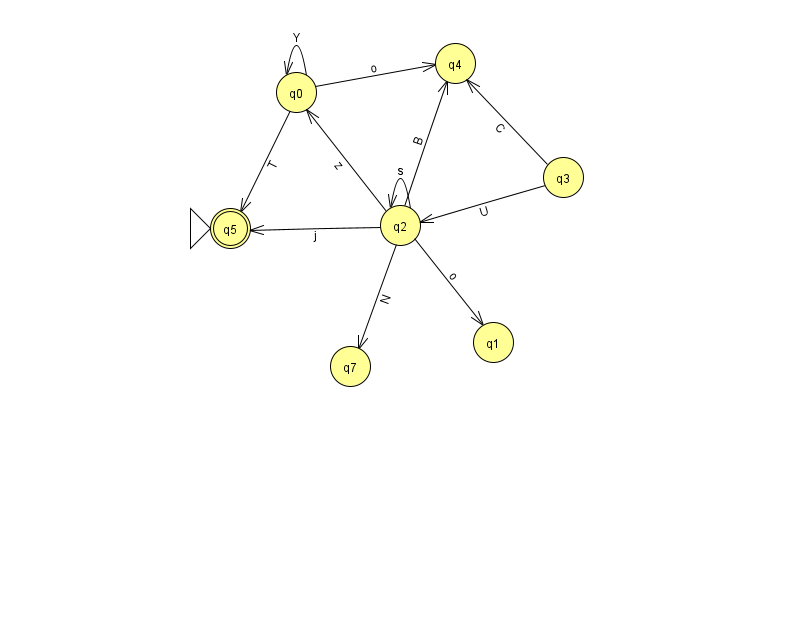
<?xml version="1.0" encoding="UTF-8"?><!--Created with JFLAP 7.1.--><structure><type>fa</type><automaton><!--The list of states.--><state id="0" name="q0"><x>296.0</x><y>79.0</y></state><state id="1" name="q1"><x>493.0</x><y>329.0</y></state><state id="2" name="q2"><x>400.0</x><y>212.0</y></state><state id="3" name="q3"><x>563.0</x><y>164.0</y></state><state id="4" name="q4"><x>455.0</x><y>50.0</y></state><state id="5" name="q5"><x>230.0</x><y>215.0</y><initial/><final/></state><state id="7" name="q7"><x>350.0</x><y>353.0</y></state><!--The list of transitions.--><transition><from>0</from><to>4</to><read>o</read></transition><transition><from>2</from><to>7</to><read>N</read></transition><transition><from>2</from><to>2</to><read>s</read></transition><transition><from>2</from><to>5</to><read>j</read></transition><transition><from>3</from><to>2</to><read>U</read></transition><transition><from>2</from><to>1</to><read>o</read></transition><transition><from>0</from><to>0</to><read>Y</read></transition><transition><from>2</from><to>4</to><read>B</read></transition><transition><from>0</from><to>5</to><read>T</read></transition><transition><from>2</from><to>0</to><read>z</read></transition><transition><from>3</from><to>4</to><read>C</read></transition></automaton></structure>